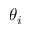
\theta _ { i }